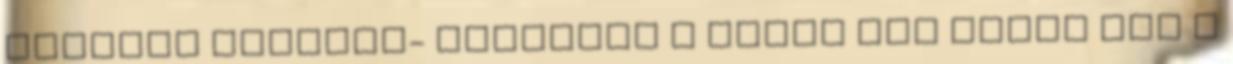
Kreatív ötletek- bortartó A darts már régen nem a